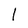
Character: I